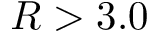
R > 3 . 0